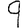
Digit: 9